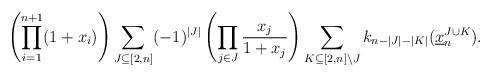
LaTeX: \begin{align*}\left( \prod_{i=1}^{n+1} (1+x_i) \right) \sum_{J\subseteq [2,n]} (-1)^{|J|} \left(\prod_{j\in J} \frac{x_j}{1+x_j} \right) \sum_{K \subseteq [2,n]\setminus J} k_{n - |J|-|K|} (\underline x_n^{J\cup K}).\end{align*}